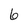
Character: 6